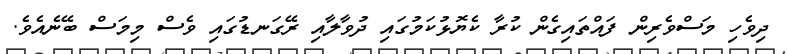
ދިވެހި މަސްވެރިން ފައްތައިގެން ކުރާ ކެޔޮޅުކަމުގައި ދުވާލާއި ރޭގަނޑުގައި ވެސް މިމަސް ބޭނެއެވެ.